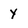
Character: Y